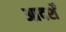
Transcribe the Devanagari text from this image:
आदर्शें